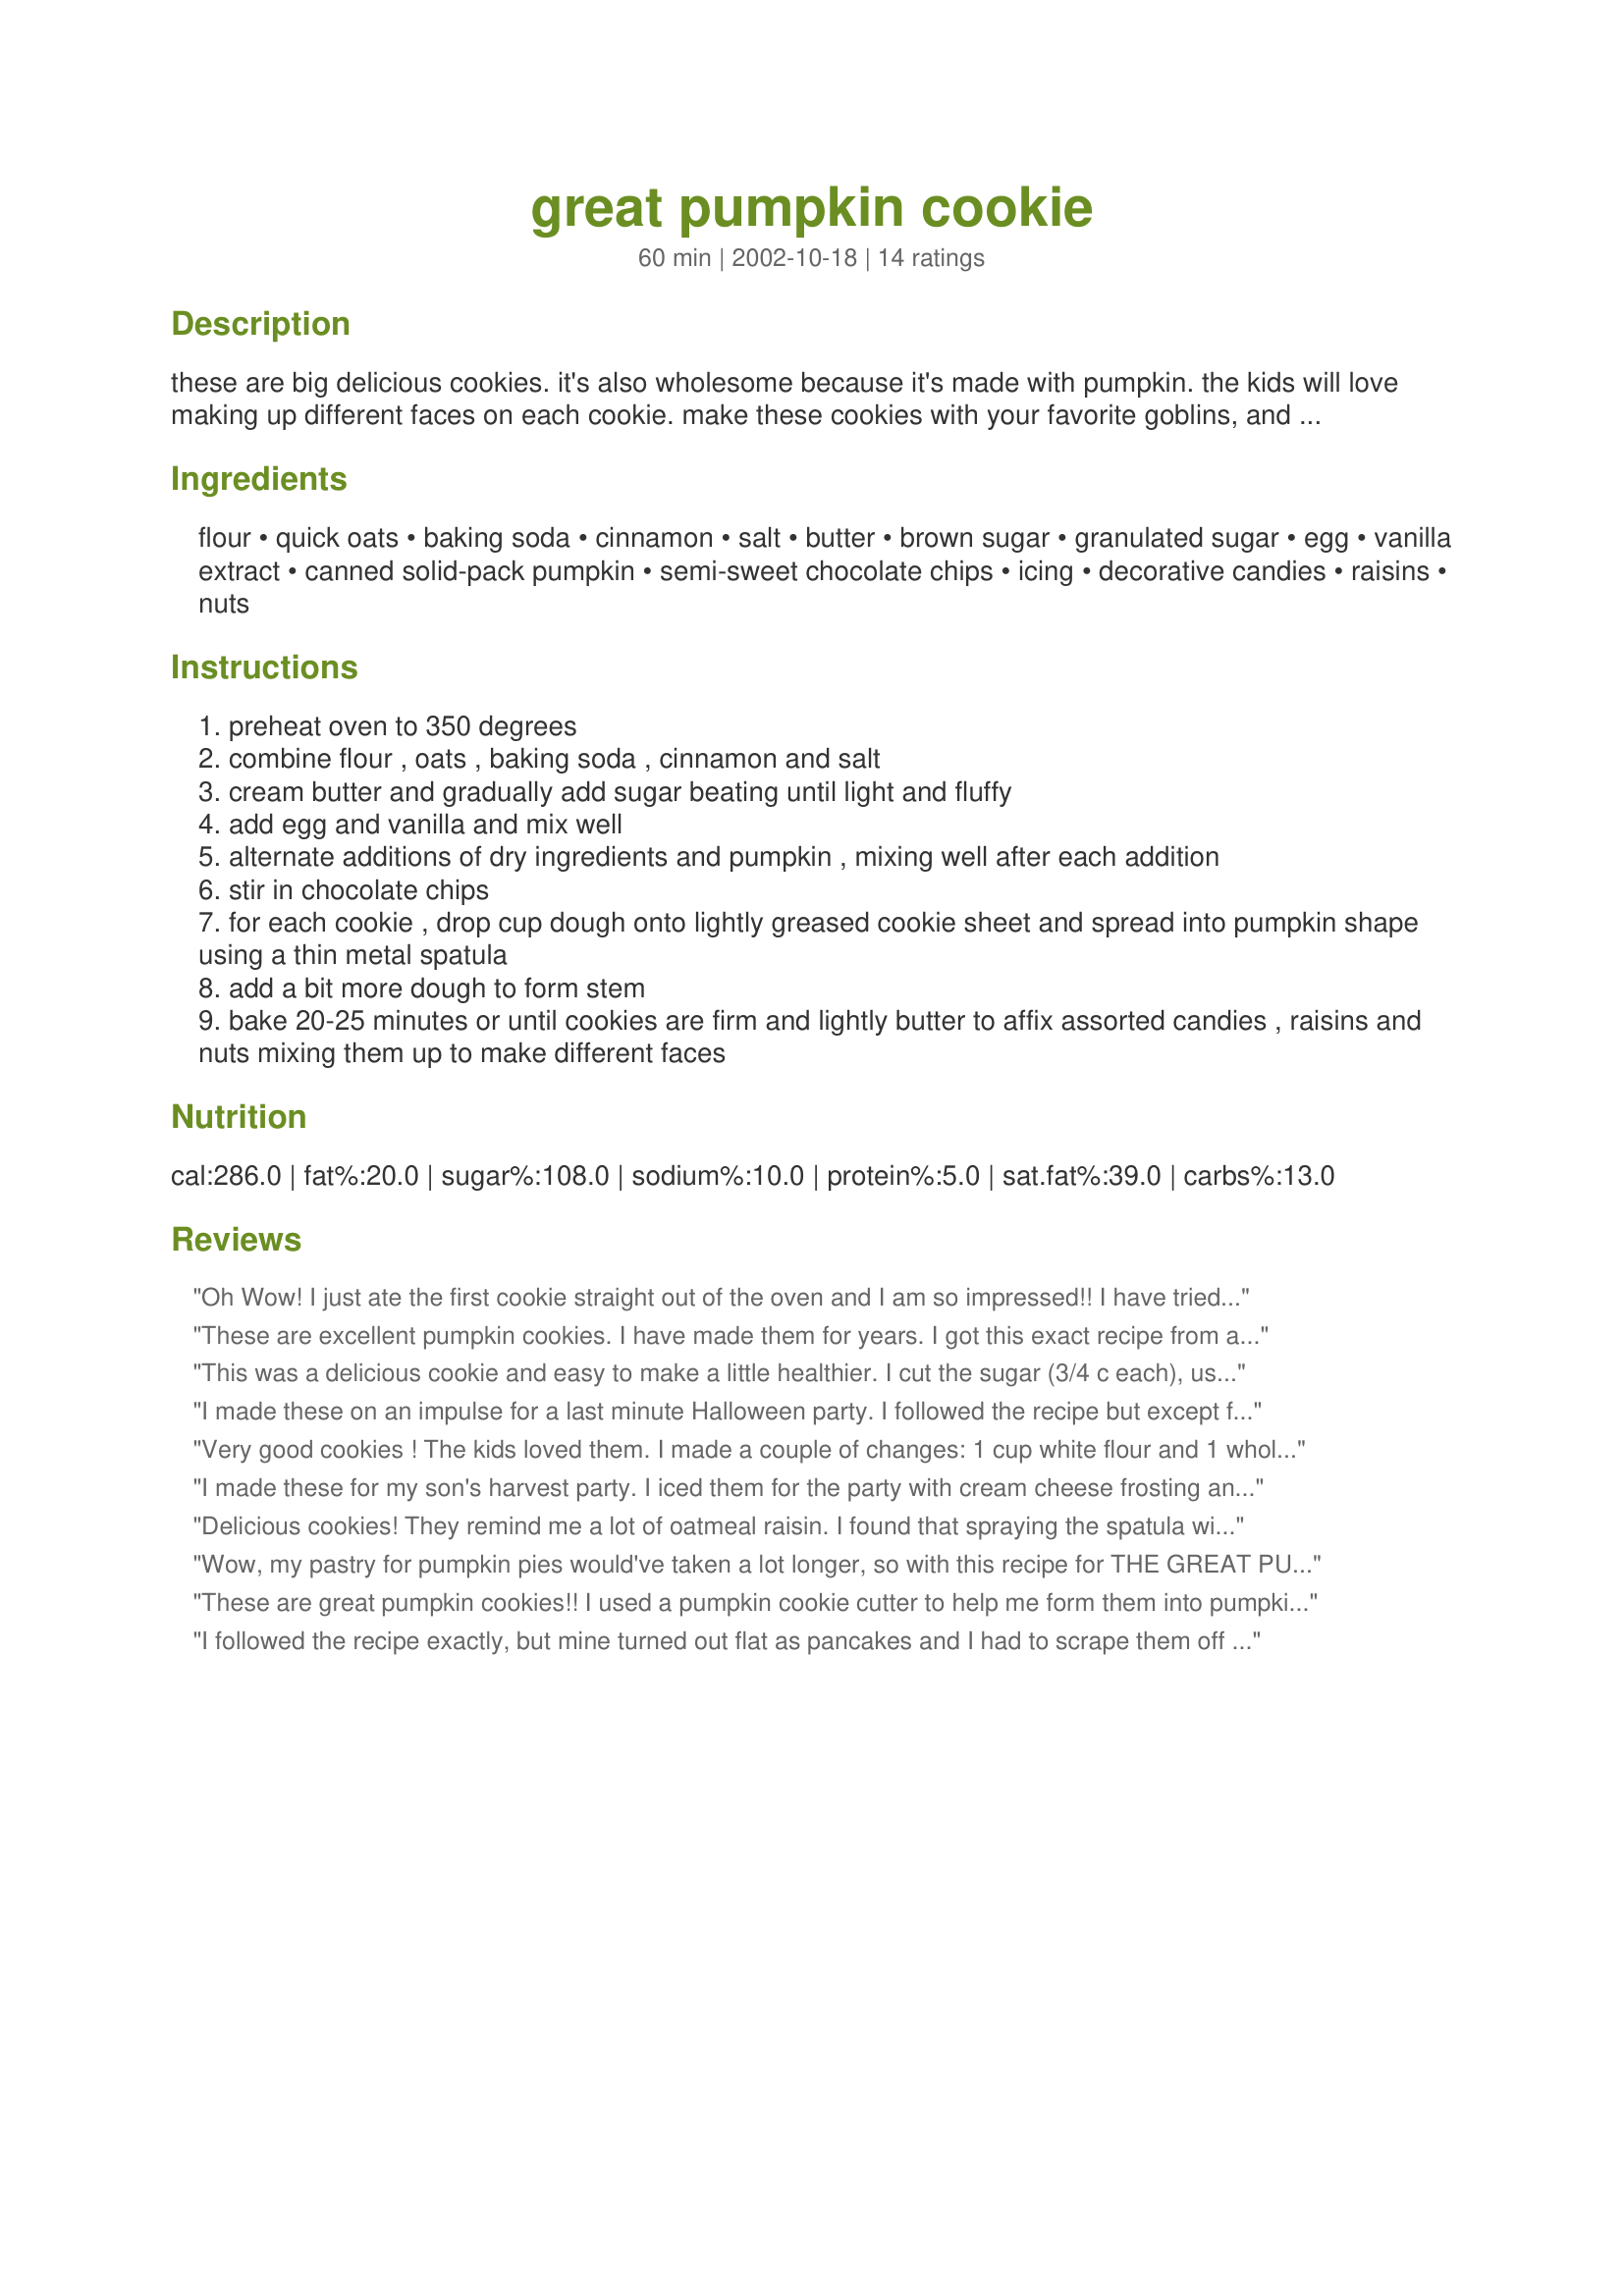
great pumpkin cookie
Preparation time: 60 minutes

these are big delicious cookies. it's also wholesome because it's made with pumpkin. the kids will love making up different faces on each cookie. make these cookies with your favorite goblins, and they'll gobble them up before you can say booo!

Ingredients:
flour, quick oats, baking soda, cinnamon, salt, butter, brown sugar, granulated sugar, egg, vanilla extract, canned solid-pack pumpkin, semi-sweet chocolate chips, icing, decorative candies, raisins, nuts

Steps:
preheat oven to 350 degrees
combine flour , oats , baking soda , cinnamon and salt
cream butter and gradually add sugar beating until light and fluffy
add egg and vanilla and mix well
alternate additions of dry ingredients and pumpkin , mixing well after each addition
stir in chocolate chips
for each cookie , drop cup dough onto lightly greased cookie sheet and spread into pumpkin shape using a thin metal spatula
add a bit more dough to form stem
bake 20-25 minutes or until cookies are firm and lightly butter to affix assorted candies , raisins and nuts mixing them up to make different faces

Reviews:
Oh Wow! I just ate the first cookie straight out of the oven and I am so impressed!! I have tried quite a few pumpkin cookies--all of which have come out with a weird texture (either way too cakey or with an odd rubbery plastic feel to the outside of the cookie). These ones were absolutely perfect, though! I adore the addition of oatmeal. I left out the chocolate chips and used a sugar substitute to replace the granulated sugar. And the most amazing part--they actually have great pumpkin flavor! I'll try some with a little bit of cream cheese icing i have, but I really think I'm going to like them best plain! Thank you for an awesome recipe that I will be making all throughout the year!
These are excellent pumpkin cookies. I have made them for years. I got this exact recipe from a Libby's ad in one of the magazines in the 1980's and have made them every year since. My kids just loved them..they (and I) still do now as grownups! These are must have cookies for fall.
This was a delicious cookie and easy to make a little healthier. I cut the sugar (3/4 c each), used 1 cup of wheat flour, and skipped the chocolate chips. Haven't frosted them yet b/c the kids are eating them up before I get a chance.
I made these on an impulse for a last minute Halloween party. I followed the recipe but except for using mini chocolate chips and I did not have time to frost them. They were a huge hit. Every single one of them were eaten. Grown ups and kids alike kept going back for more. My daughter has already asked me to make more.
Very good cookies ! The kids loved them. I made a couple of changes: 1 cup white flour and 1 whole wheat flour; half a cup brown sugar and half a cup brown sugar twin; I did not put the white sugar. I droped 1 tablespoon dough on the cookie sheet and baked for 12-15 minutes. Thank you for that wonderful recipe.
I made these for my son's harvest party. I iced them for the party with cream cheese frosting and sprinkls, but I liked them with out frosting as well. They are very good.
Delicious cookies! They remind me a lot of oatmeal raisin. I found that spraying the spatula with nonstick cooking spray really helped when shaping them. I didn't think they'd end up looking like pumpkins but their appearance improved greatly when I baked them. My boys loved these. Thanks!
Wow, my pastry for pumpkin pies would've taken a lot longer, so with this recipe for THE GREAT PUMPKIN COOKIE I was able to pretty quickly mix up the ingredients with the cup of canned pumpkin poured right on top of the whole everything. Then, just blending in a little at a time, I was able to get the mix together all in short sequence.<br/>My cup for measurements was all pumpkin'd up so I had to take a guess on how much was a cup of chocolate chips... oops, I must have dumped in more than what was called for, what ashame -- boohoohoo!<br/>Good cookie with nice texture especially them rascally chocolate chips!
These are great pumpkin cookies!! I used a pumpkin cookie cutter to help me form them into pumpkins otherwise I'm pretty sure mine would have turned out looking like little blobs ;) I used cooking spray to keep the cookies from sticking to the cutter. The only changes I made were to minus the chocolate chips and use an entire can of pumpkin (15 oz.)--they were a little sticky, but they baked up great!!
I followed the recipe exactly, but mine turned out flat as pancakes and I had to scrape them off the cookie sheet with a sharp spatula. I don't live in a humid place, but maybe I still should have added more flour. Anyway, they tasted really good but they were a disaster to look at.
Great Pumpkin Cookie! My family loves these cookies. I have used this recipe for years. Thanks for posting.
My mom actually had this recipe form a magazine when I was a kid. I have made them every year since. They're actually a pretty healthy cookie and taste great even w/out icing!
Been baking these cookies since 1984. Awesome cookie!!!
these were so much fun! a very well named cookie-- they turned out large, fluffy, and delicious. i used 1 c. all-purpose flour + 1 c. whole wheat flour, 1/2 c. Splenda-Sugar Blend for Baking instead of the 1 c. sugar, and semisweet chocolate chunks instead of the chips. i decorated the cookies with Peanut Butter Icing, and they were amazing! a recipe i will use again and again-- thanks so much for posting!
